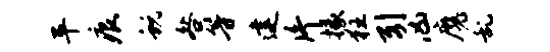
平痕蜕咎等建片掾狂引凶魔乱